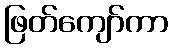
ဖြတ်ကျော်ကာ